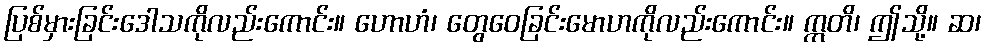
ပြစ်မှားခြင်းဒေါသကိုလည်းကောင်း။ ဟောဟံ၊ တွေဝေခြင်းမောဟကိုလည်းကောင်း။ ဣတိ၊ ဤသို့။ ဆ၊